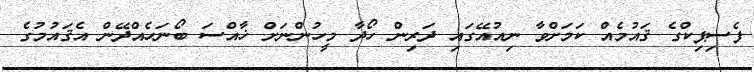
ފެސިޕިކްގެ ޤައުމެއް ކަމަށްވާ ނިއުއޭގައި ދަރިން ހޯދާ މީހުންނަށް ޚާއްސަ ބޯނަހެއްދޭން އެޤައުމުގެ